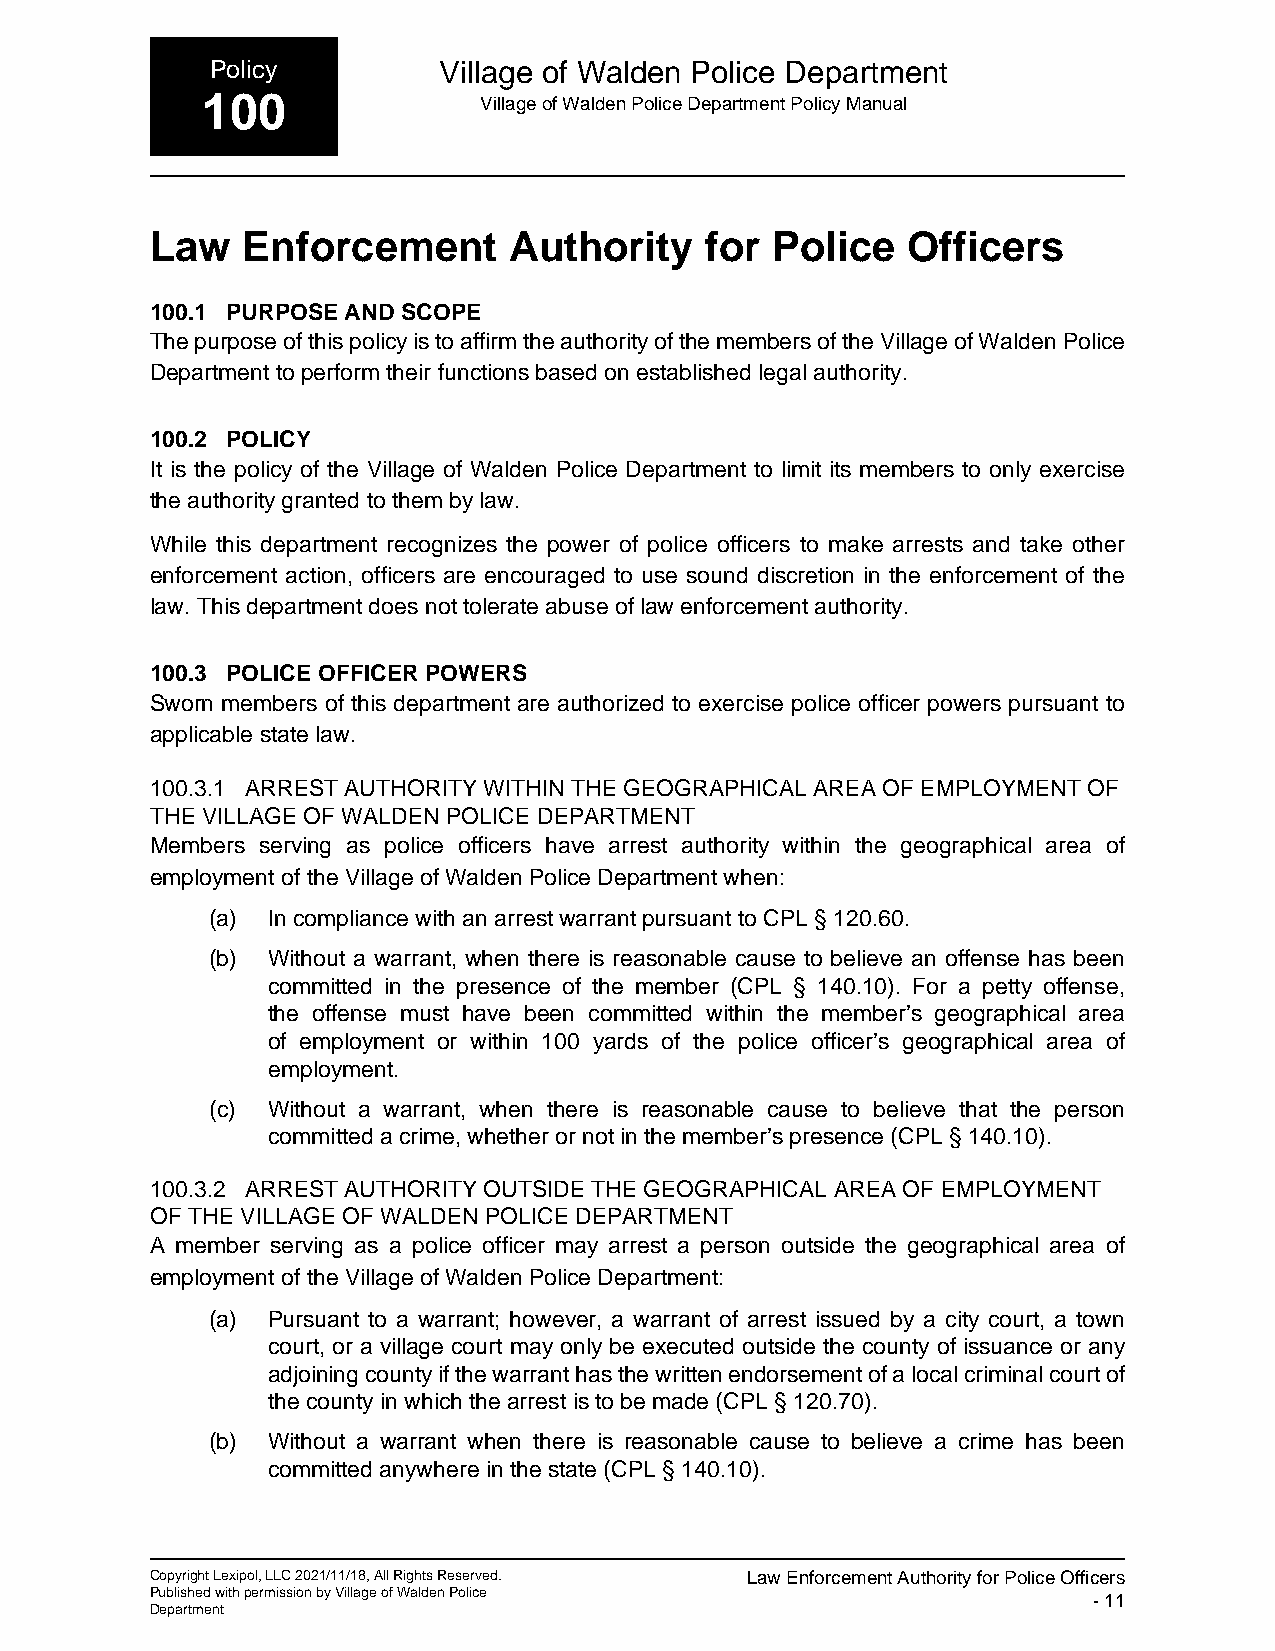
Policy         Village of Walden Police Department
 100                Village of Walden Police Department Policy Manual
 Law   Enforcement       Authority    for Police   Officers
 100.1 PURPOSE AND SCOPE
 The purpose of this policy is to affirm the authority of the members of the Village of Walden Police
 Department to perform their functions based on established legal authority.
 100.2 POLICY
 It is the policy of the Village of Walden Police Department to limit its members to only exercise
 the authority granted to them by law.
 While this department recognizes the power of police officers to make arrests and take other
 enforcement action, officers are encouraged to use sound discretion in the enforcement of the
 law. This department does not tolerate abuse of law enforcement authority.
 100.3 POLICE OFFICER POWERS
 Sworn members of this department are authorized to exercise police officer powers pursuant to
 applicable state law.
 100.3.1 ARREST AUTHORITY WITHIN THE GEOGRAPHICAL AREA OF EMPLOYMENT OF
 THE VILLAGE OF WALDEN POLICE DEPARTMENT
 Members serving as police officers have arrest authority within the geographical area of
 employment of the Village of Walden Police Department when:
 (a) In compliance with an arrest warrant pursuant to CPL § 120.60.
 (b) Without a warrant, when there is reasonable cause to believe an offense has been
 committed in the presence of the member (CPL § 140.10). For a petty offense,
 the offense must have been committed within the member’s geographical area
 of employment or within 100 yards of the police officer’s geographical area of
 employment.
 (c) Without a warrant, when there is reasonable cause to believe that the person
 committed a crime, whether or not in the member’s presence (CPL § 140.10).
 100.3.2 ARREST AUTHORITY OUTSIDE THE GEOGRAPHICAL AREA OF EMPLOYMENT
 OF THE VILLAGE OF WALDEN POLICE DEPARTMENT
 A member serving as a police officer may arrest a person outside the geographical area of
 employment of the Village of Walden Police Department:
 (a) Pursuant to a warrant; however, a warrant of arrest issued by a city court, a town
 court, or a village court may only be executed outside the county of issuance or any
 adjoining county if the warrant has the written endorsement of a local criminal court of
 the county in which the arrest is to be made (CPL § 120.70).
 (b) Without a warrant when there is reasonable cause to believe a crime has been
 committed anywhere in the state (CPL § 140.10).
 Copyright Lexipol, LLC 2021/11/18, All Rights Reserved. Law Enforcement Authority for Police Officers
 Published with permission by Village of Walden Police         - 11
 Department